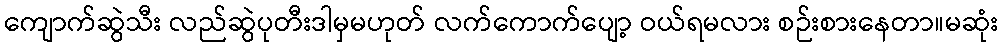
ကျောက်ဆွဲသီး လည်ဆွဲပုတီးဒါမှမဟုတ် လက်ကောက်ပျော့ ဝယ်ရမလား စဉ်းစားနေတာ။မဆုံး